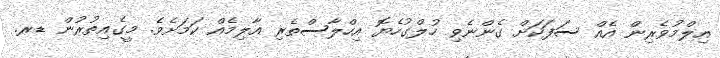
އިލްމުވެރިން އެއް ސަފަކަށް ގެންނެވި ހުލްގުހެޔޮ އިހްލާސްތެރި އާލިމެއް ކަމަށެވެ. މީގެއިތުރުން ޑރ.